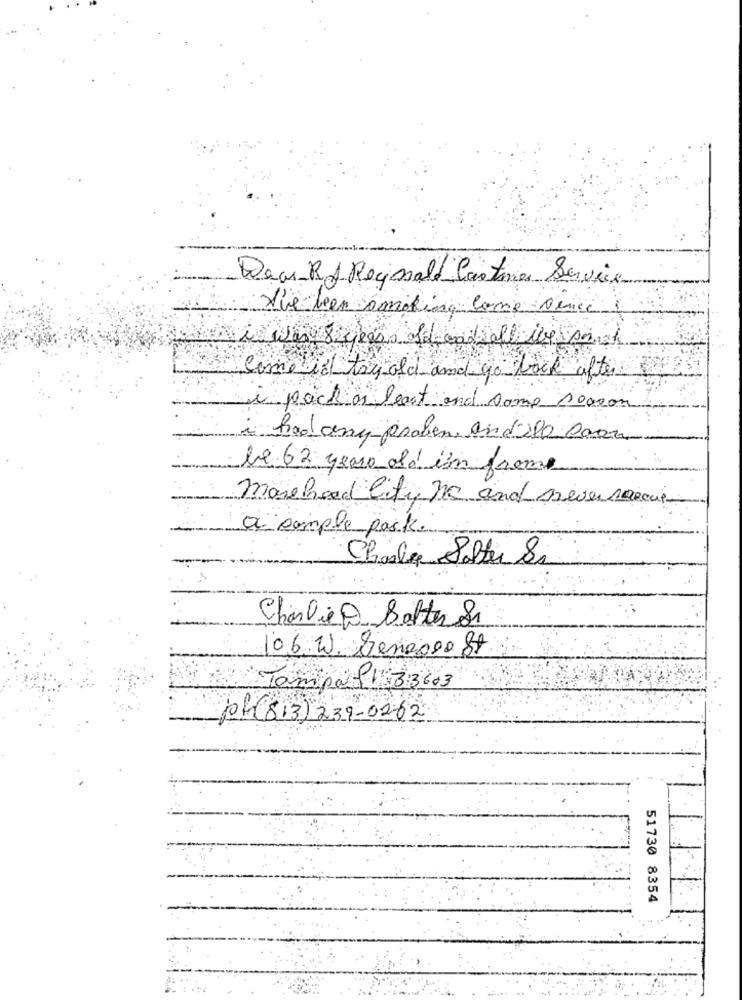
Deu RJ Reynold Castines Service
The beer smoking come cence
i Was 8 years Id and all ile sak
Come il toy old and go back after
i pack ar least and some reason
had any proben and'200 Carro
be 62 years old in frame
morehood City ne and never roccia
a sample paski
Charlie Salter Sa
Charlie@ Batter Si
06.20. Denasse St
TampaP133603
ppf (813) 239-0262
51730 8354